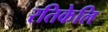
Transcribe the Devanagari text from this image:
रतिकेलि